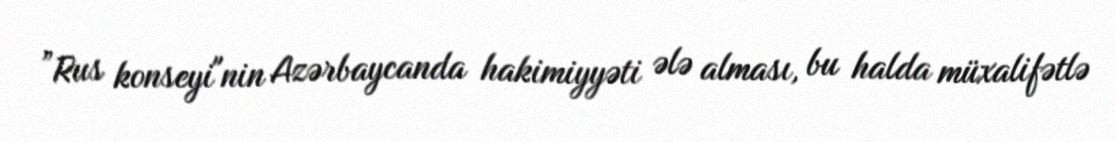
”Rus konseyi"nin Azərbaycanda hakimiyyəti ələ alması, bu halda müxalifətlə